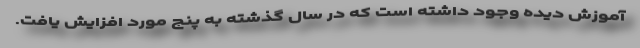
آموزش دیده وجود داشته است که در سال گذشته به پنج مورد افزایش یافت.